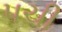
પચી